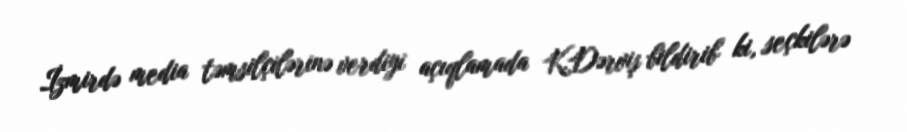
İzmirdə media təmsilçilərinə verdiyi açıqlamada K.Dərviş bildirib ki, seçkilərə